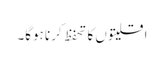
اقلیتوں کا تحفظ کرنا ہوگا۔